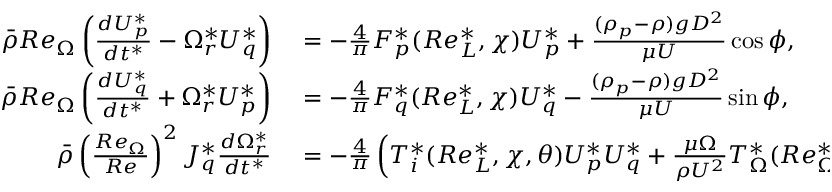
\begin{array} { r l } { \bar { \rho } R e _ { \Omega } \left( \frac { d U _ { p } ^ { * } } { d t ^ { * } } - \Omega _ { r } ^ { * } U _ { q } ^ { * } \right) } & { { } = - \frac { 4 } { \pi } F _ { p } ^ { * } ( R e _ { L } ^ { * } , \chi ) U _ { p } ^ { * } + \frac { ( \rho _ { p } - \rho ) g D ^ { 2 } } { \mu U } \cos \phi , } \\ { \bar { \rho } R e _ { \Omega } \left( \frac { d U _ { q } ^ { * } } { d t ^ { * } } + \Omega _ { r } ^ { * } U _ { p } ^ { * } \right) } & { { } = - \frac { 4 } { \pi } F _ { q } ^ { * } ( R e _ { L } ^ { * } , \chi ) U _ { q } ^ { * } - \frac { ( \rho _ { p } - \rho ) g D ^ { 2 } } { \mu U } \sin \phi , } \\ { \bar { \rho } \left( \frac { R e _ { \Omega } } { R e } \right) ^ { 2 } J _ { q } ^ { * } \frac { d \Omega _ { r } ^ { * } } { d t ^ { * } } } & { { } = - \frac { 4 } { \pi } \left( T _ { i } ^ { * } ( R e _ { L } ^ { * } , \chi , \theta ) U _ { p } ^ { * } U _ { q } ^ { * } + \frac { \mu \Omega } { \rho U ^ { 2 } } T _ { \Omega } ^ { * } ( R e _ { \Omega } ^ { * } , \chi ) \Omega _ { r } ^ { * } \right) . } \end{array}